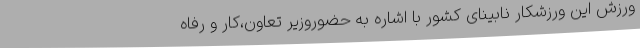
ورزش این ورزشکار نابینای کشور با اشاره به حضوروزیر تعاون،کار و رفاه